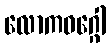
လောကဝဂ္ဂေါ